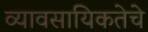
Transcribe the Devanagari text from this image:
व्यावसायिकतेचे